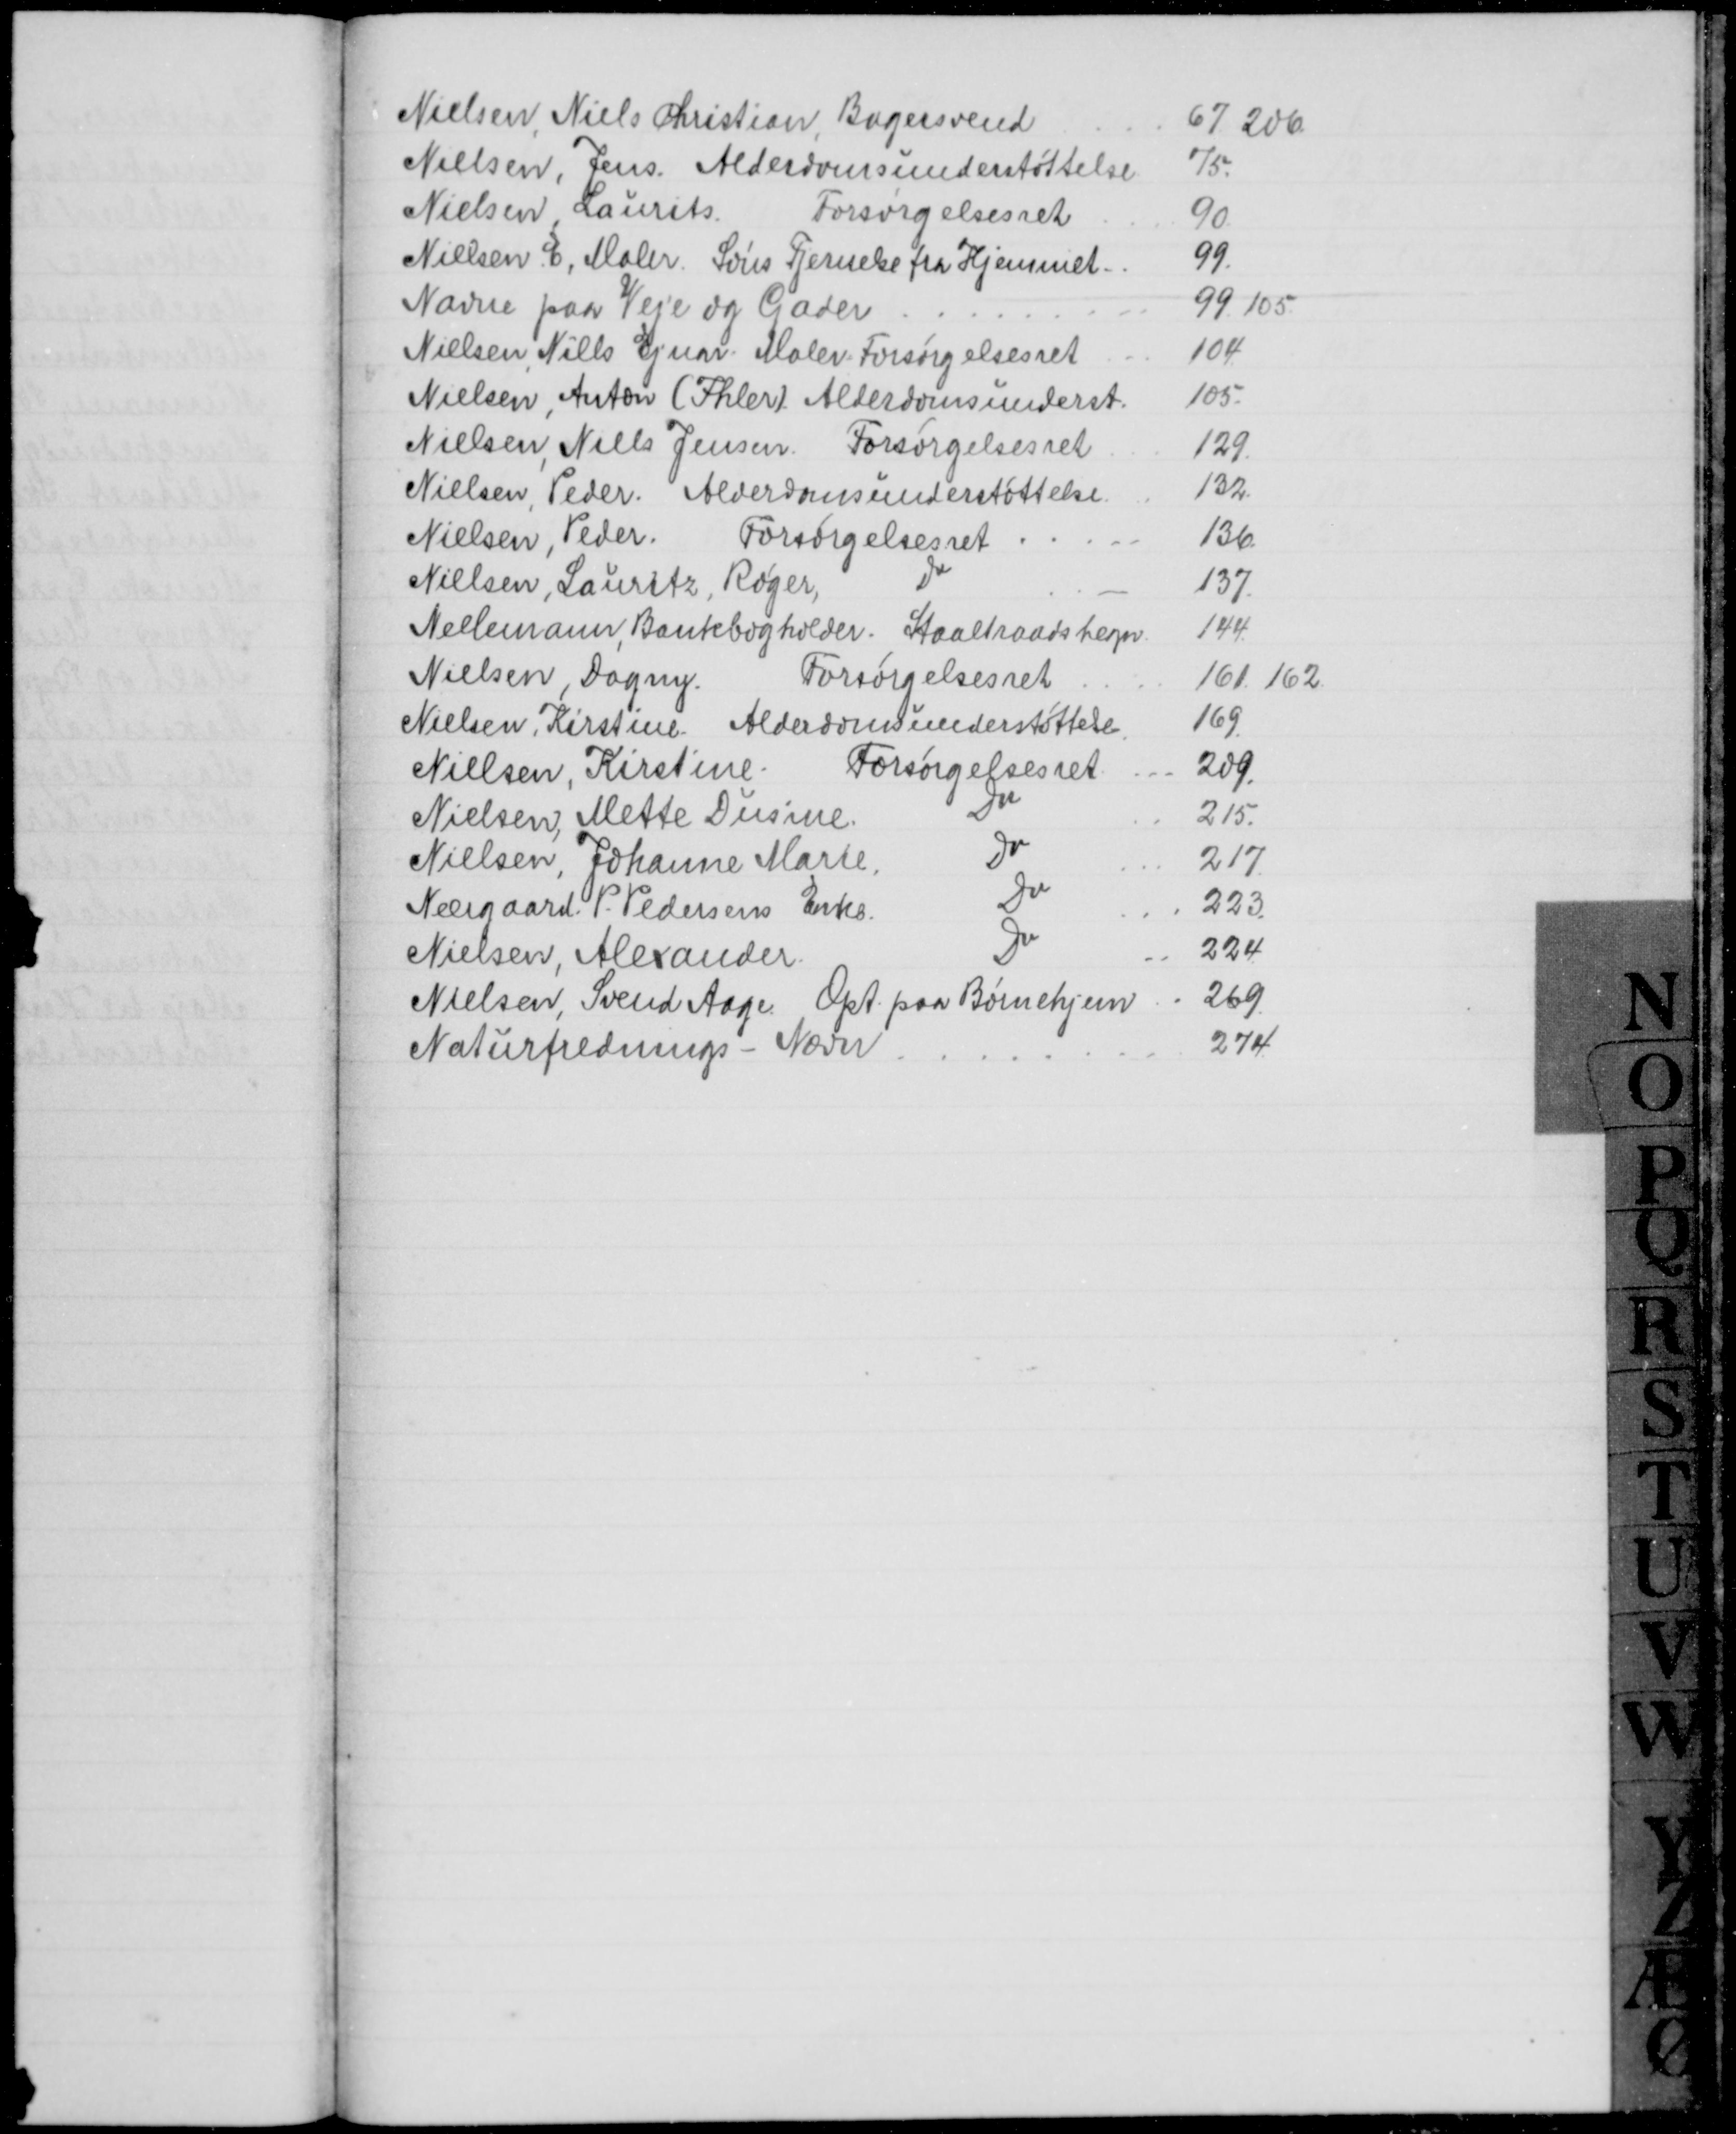
Transskription:
Nielsen Niels Christian, Bagersvend
67. 206
Nielsen, Jens. Alderdomsunderstøttelse
75.
Nielsen Laurits.
Forsørgelsesret
90
Nielsen E, Maler. Søns Fjernelse fra Hjemmet.
99.
Navne paa Veje og Gader
99.105
Nielsen, Niels Ejnar. Maler. Forsørgelsesret
104
Nielsen, Anton (Ihler) Alderdomsunderst.
105.
Nielsen Niels Jensen. Forsørgelsesret
129.
Nielsen, Peder. Alderdomsunderstøttelse.
132.
Nielsen, Peder.
Forsørgelsesret
136
Nielsen, Lauritz, Røger,
Do
137.
Nellemann, Bankbogholder. Staaltraadshegn
144.
Nielsen Dagny.
Forsørgelsesret
161. 162
Nielsen, Kirstine. Alderdomsunderstøttelse
169.
Nielsen, Kirstine
Forsørgelsesret
209.
Nielsen, Mette Dusine
Do
215.
Nielsen Johanne Marie.
Do
217.
Neergaard P. Pedersens Enke.
Do
223
Nielsen, Alexander
Do
224
Nielsen Svend Aage Opt. paa Børnehjem
269.
Naturfrednings - Nævn
274